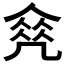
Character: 𠙠